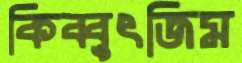
কিব্বুৎজিম